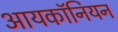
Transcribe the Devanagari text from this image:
आयकॉनियन